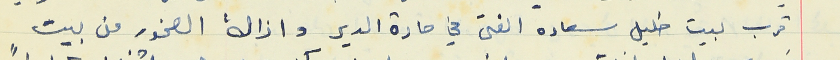
قرب بيت خليل سعاده الفتى في حارة الدير وازالة الصخور من بيت